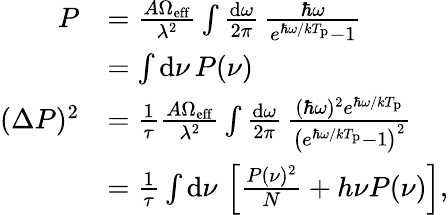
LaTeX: \begin{array}{rl}{P}&{=\frac{A\Omega_{\mathrm{eff}}}{\lambda^{2}}\int\frac{\mathrm{d}\omega}{2\pi}\, \frac{\hbar\omega}{e^{\hbar\omega/kT_{\mathrm{p}}}-1}}\\ &{=\int\mathrm{d}\nu\, P(\nu)}\\ {(\Delta P)^{2}}&{=\frac{1}{\tau}\frac{A\Omega_{\mathrm{eff}}}{\lambda^{2}}\int\frac{\mathrm{d}\omega}{2\pi}\, \frac{(\hbar\omega)^{2}e^{\hbar\omega/kT_{\mathrm{p}}}}{\left(e^{\hbar\omega/kT_{\mathrm{p}}}-1\right)^{2}}}\\ &{=\frac{1}{\tau}\int\mathrm{d}\nu\, \left[\frac{P(\nu)^{2}}{N}+h\nu P(\nu)\right],}\end{array}